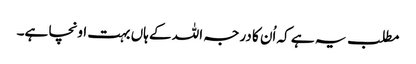
مطلب یہ ہے کہ اُن کا درجہ اللہ کے ہاں بہت اونچا ہے۔